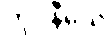
ကုပနီယေ